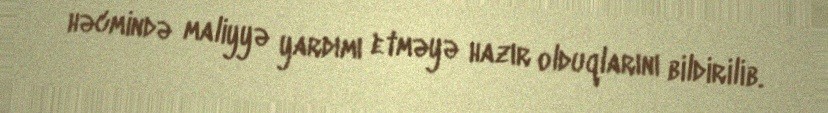
həcmində maliyyə yardımı etməyə hazır olduqlarını bildirilib.